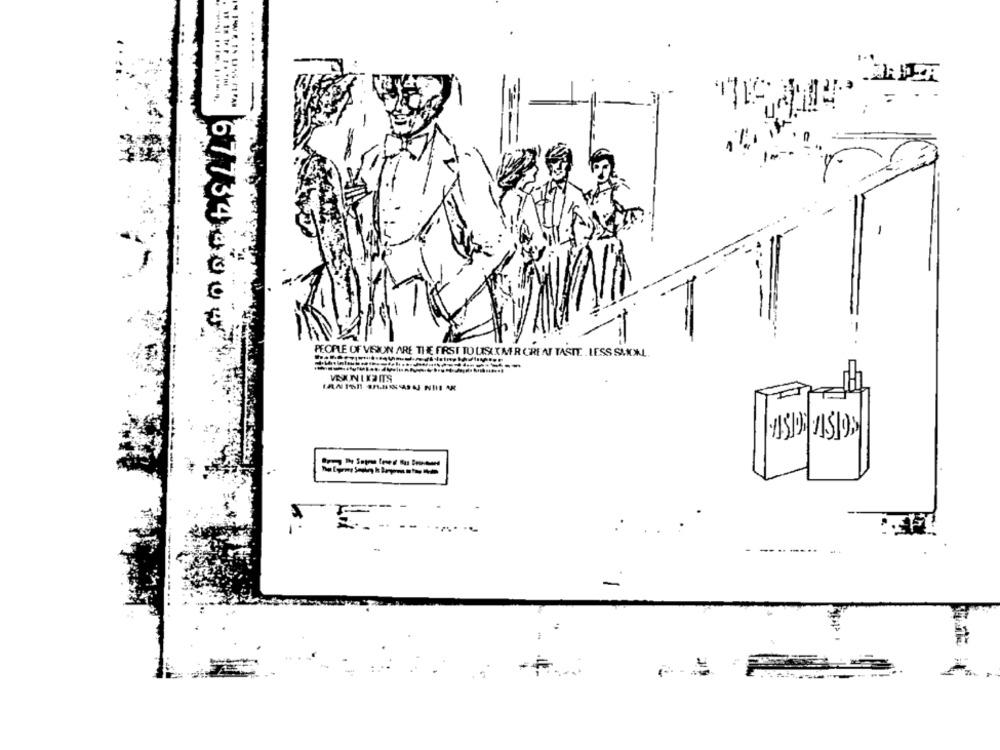
, LA
677340000
PECIALE OF VISION ARE THE FIRST TO USLIMER GREAT TASTE. LESS SLICKL
- -
--
-
...
..